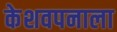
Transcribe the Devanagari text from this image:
केशवपनाला